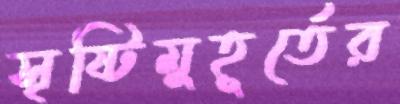
সৃষ্টিমুহূর্তের